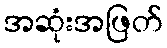
အဆုံးအဖြတ်